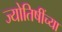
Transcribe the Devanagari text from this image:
ज्योतिषींच्या